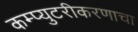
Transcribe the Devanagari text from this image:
कम्प्युटरीकरणाचा